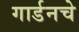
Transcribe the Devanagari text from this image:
गार्डनचे